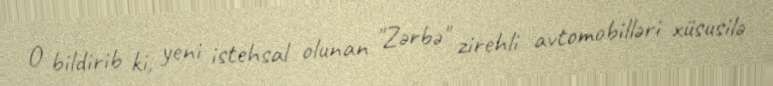
O bildirib ki, yeni istehsal olunan "Zərbə" zirehli avtomobilləri xüsusilə